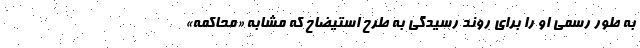
به طور رسمی او را برای روند رسیدگی به طرح استیضاح که مشابه «محاکمه»